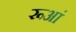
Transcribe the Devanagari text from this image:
रूआं